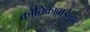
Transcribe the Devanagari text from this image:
कौतिकाबाईंच्या